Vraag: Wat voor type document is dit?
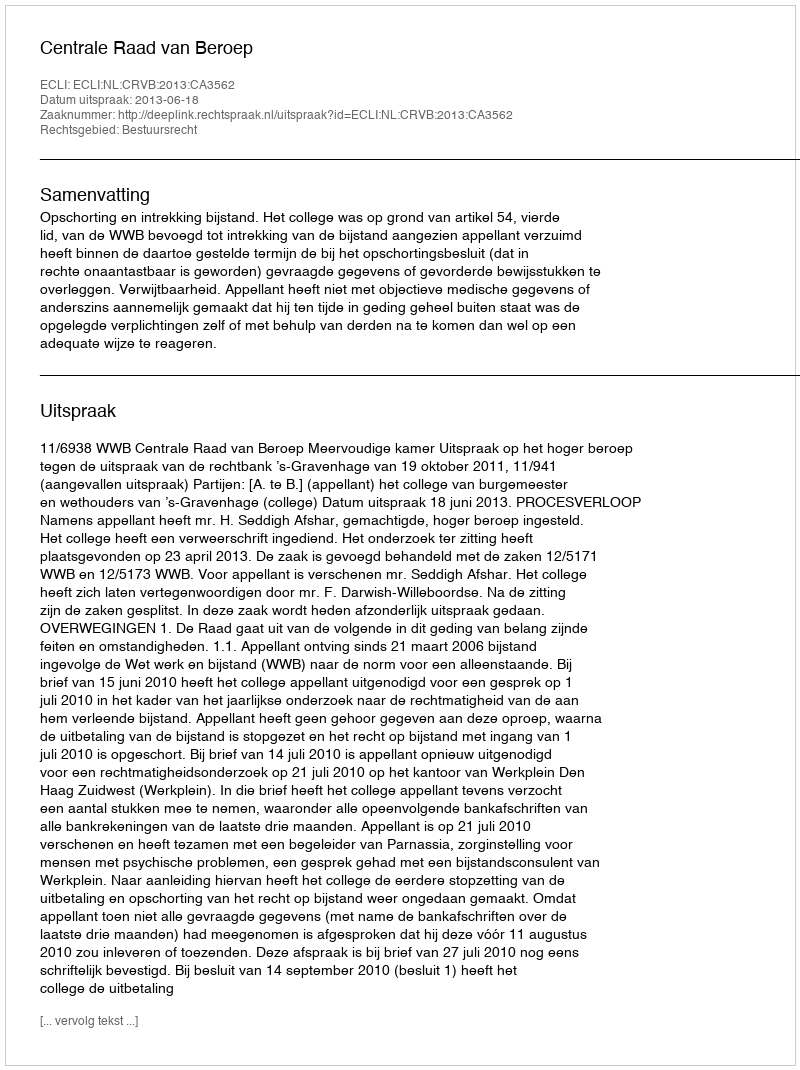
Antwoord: Uitspraak